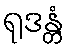
ရုဒန္တံ